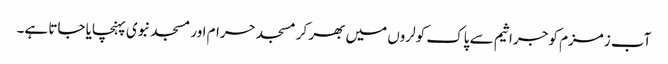
آب زمزم کو جراثیم سے پاک کولروں میں بھر کر مسجد حرام اور مسجد نبوی پہنچایا جاتا ہے۔